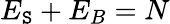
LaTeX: E_{\mathtt{S}}+E_{B}=N